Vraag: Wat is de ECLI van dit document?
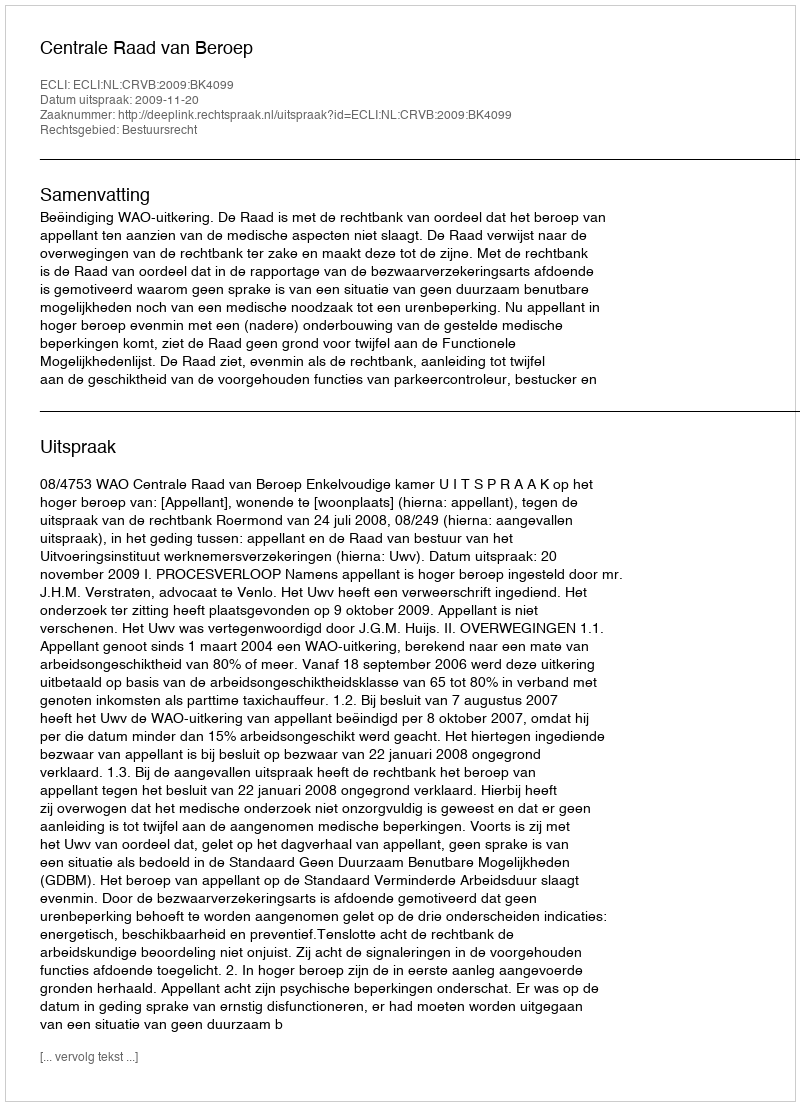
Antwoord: ECLI:NL:CRVB:2009:BK4099